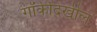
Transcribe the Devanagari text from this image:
गॉर्कीदेखील